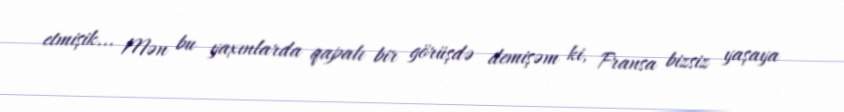
etmişik... Mən bu yaxınlarda qapalı bir görüşdə demişəm ki, Fransa bizsiz yaşaya